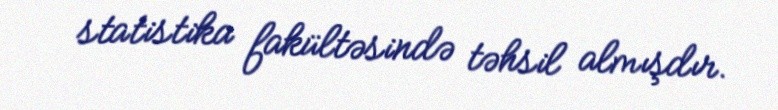
statistika fakültəsində təhsil almışdır.